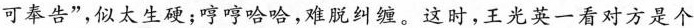
可奉告”，似太生硬；哼哼哈哈，难脱纠缠。这时，王光英一看对方是个